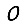
Digit: 0